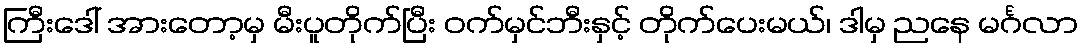
ကြီးဒေါ် အားတော့မှ မီးပူတိုက်ပြီး ဝက်မှင်ဘီးနှင့် တိုက်ပေးမယ်၊ ဒါမှ ညနေ မင်္ဂလာ